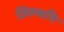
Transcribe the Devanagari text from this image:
तिरुथनि